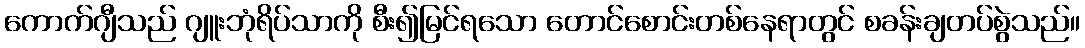
ကောက်ဂျီသည် ဂျူးဘုံရိပ်သာကို စီး၍မြင်ရသော တောင်စောင်းတစ်နေရာတွင် စခန်းချတပ်စွဲသည်။